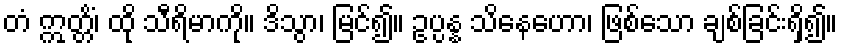
တံ ဣတ္တိံ၊ ထို သီရိမာကို။ ဒိသွာ၊ မြင်၍။ ဥပ္ပန္န သိနေဟော၊ ဖြစ်သော ချစ်ခြင်းရှိ၍။